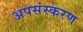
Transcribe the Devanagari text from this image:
अपसंस्करण